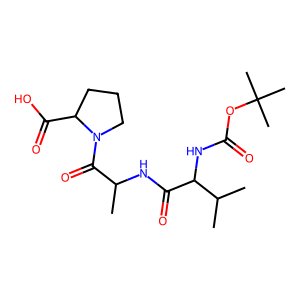
SMILES: CC(NC(=O)C(NC(=O)OC(C)(C)C)C(C)C)C(=O)N1CCCC1C(=O)O
Inhibits HIV replication: No